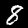
Digit: 8